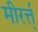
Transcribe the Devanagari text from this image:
मीरर्त्त्